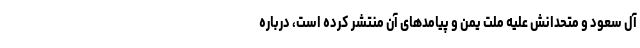
آل سعود و متحدانش علیه ملت یمن و پیامدهای آن منتشر کرده است، درباره